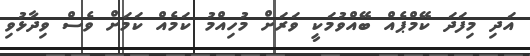
އަދި މިފަދަ ކޭމްޕެއް ބޭއްވުމަކީ ވަރަށް މުހިއްމު ކަމެއް ކަމަށް ވެސް ވިދާޅުވި